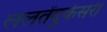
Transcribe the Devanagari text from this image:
ललतेंदुकेसरी